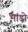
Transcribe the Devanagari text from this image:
भांडो